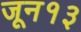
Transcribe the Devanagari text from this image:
जून१३